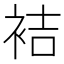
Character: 袺